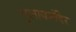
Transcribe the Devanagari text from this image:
गुलाबमंदिर